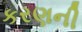
કરણની